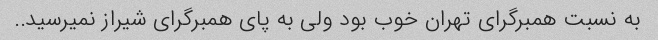
به نسبت همبرگرای تهران خوب بود ولی به پای همبرگرای شیراز نمیرسید..